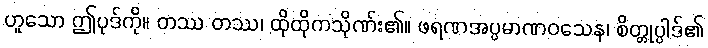
ဟူသော ဤပုဒ်ကို။ တဿ တဿ၊ ထိုထိုကသိုဏ်း၏။ ဖရဏအပ္ပမာဏဝသေန၊ စိတ္တုပ္ပါဒ်၏